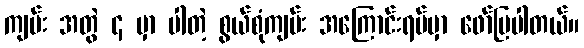
ကျမ်း အတွဲ ၄ မှာ ပါတဲ့ စွယ်စုံကျမ်း အကြောင်းရပ်မှာ ဖော်ပြပါတယ်။